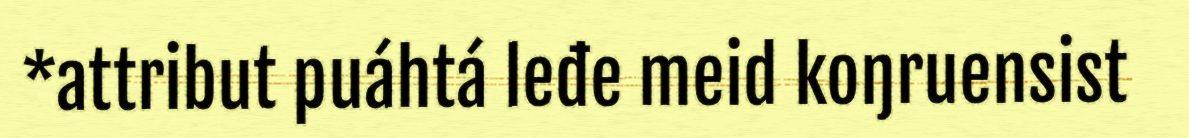
*attribut puáhtá leđe meid koŋruensist